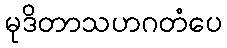
မုဒိတာသဟဂတံပေ